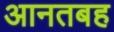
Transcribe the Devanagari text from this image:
आनतबह